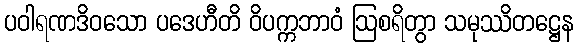
ပဝါရဏဒိဝသော ပဒေဟီတိ ဝိပက္ကဘာဝံ ဩစရိတွာ သမုဿိတဋ္ဌေန